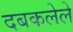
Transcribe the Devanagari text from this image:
दबकलेले